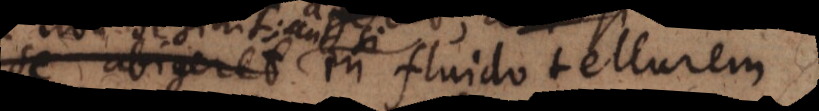
se abigeret in fluido tellurem